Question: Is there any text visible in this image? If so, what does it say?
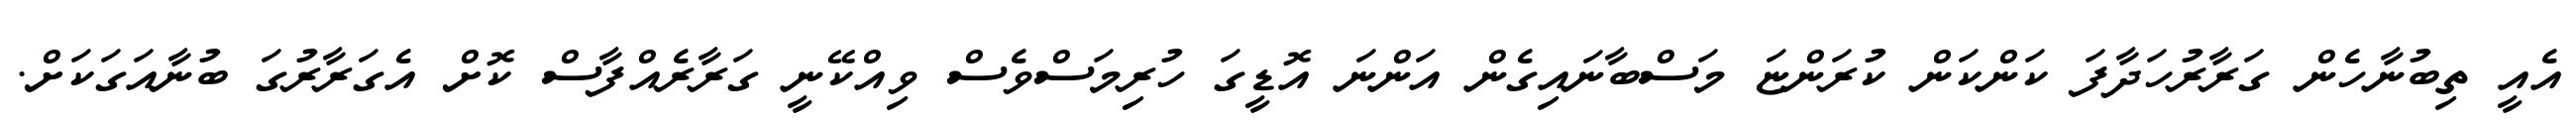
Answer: އެއީ ތިބުނާހެން ގަރާރުހަދާފަ ކަންކަން ކުރަންޏަ މަސްބާނައިގެން އަންނަ އޮޑީގަ ހުރިމަސްވެސް ވިއްކޭނީ ގަރާރެއްފާސް ކޮށް އެގަރާރުގަ ބުނާއަގަކަށް.